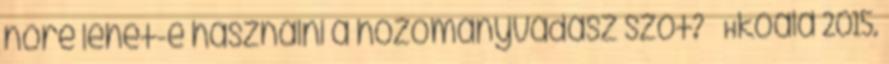
nőre lehet-e használni a hozományvadász szót? – Hkoala 2015.